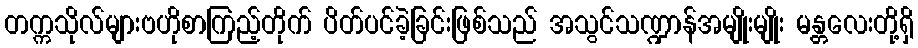
တက္ကသိုလ်များဗဟိုစာကြည့်တိုက် ပိတ်ပင်ခဲ့ခြင်းဖြစ်သည် အသွင်သဏ္ဍာန်အမျိုးမျိုး မန္တလေးတို့ရှိ